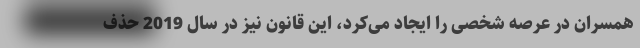
همسران در عرصه شخصی را ایجاد می‌کرد، این قانون نیز در سال 2019 حذف